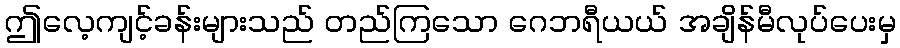
ဤလေ့ကျင့်ခန်းများသည် တည်ကြသော ဂေဘရီယယ် အချိန်မီလုပ်ပေးမှ